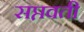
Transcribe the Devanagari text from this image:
सप्तवती